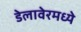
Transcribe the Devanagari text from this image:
डेलावेरमध्ये